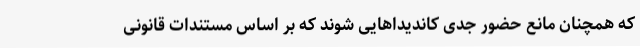
که همچنان مانع حضور جدی کاندیداهایی شوند که بر اساس مستندات قانونی